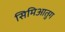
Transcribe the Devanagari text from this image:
सिमिआतुग